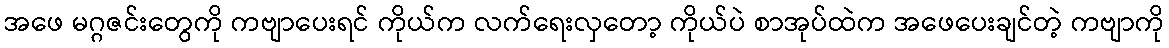
အဖေ မဂ္ဂဇင်းတွေကို ကဗျာပေးရင် ကိုယ်က လက်ရေးလှတော့ ကိုယ်ပဲ စာအုပ်ထဲက အဖေပေးချင်တဲ့ ကဗျာကို